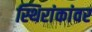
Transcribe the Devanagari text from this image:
स्थिरांकांवर